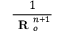
\frac { 1 } { \textbf { R } _ { o } ^ { n + 1 } }